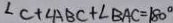
\angle C + \angle A B C + \angle B A C = 1 8 0 ^ { \circ }